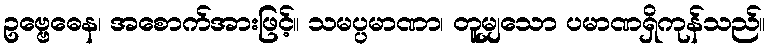
ဥဗ္ဗေဓေန၊ အစောက်အားဖြင့်။ သမပ္ပမာဏာ၊ တူမျှသော ပမာဏရှိကုန်သည်။